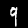
Label: 9